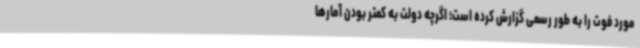
مورد فوت را به طور رسمی گزارش کرده است؛ اگرچه دولت به کمتر بودن آمارها